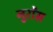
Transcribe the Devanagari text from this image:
नुरोंस